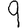
Digit: 9